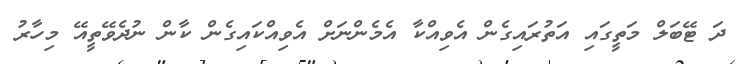
ދަ ޓޭބަލް މަތީގައި އަތުރައިގެން އެވިއްކާ އެމެންނަށް އެވިއްކައިގެން ކާން ނުދެވޭތީއޭ މިހާރު